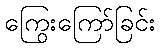
ကြွေးကြော်ခြင်း